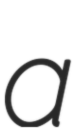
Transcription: a